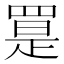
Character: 𦋨